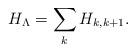
LaTeX: \begin{align*}H_{\Lambda}=\sum_k H_{k,k+1}.\end{align*}